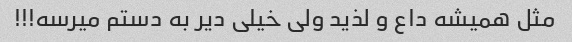
مثل همیشه داع و لذید ولی خیلی دیر به دستم میرسه!!!